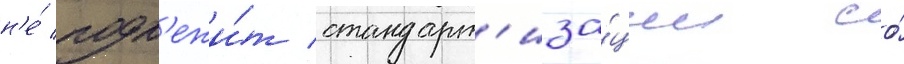
н'е́ подл'ежи́т стандарт'иза́ции со́